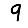
Digit: 9